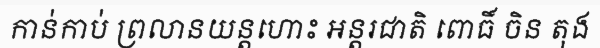
កាន់កាប់ ព្រលានយន្តហោះ អន្តរជាតិ ពោធិ៍ ចិន តុង